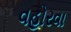
વહોરવા